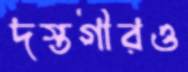
দস্তগীরও